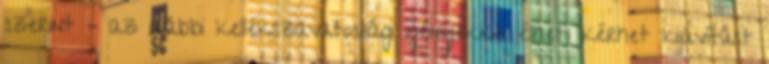
szerint – az alábbi kellékszavatossági igényekkel élhet: kérhet kijavítást